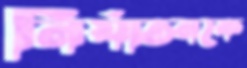
নির্যাতনকে